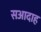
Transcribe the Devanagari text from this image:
सआदाह